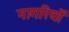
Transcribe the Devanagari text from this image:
नागरियों